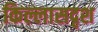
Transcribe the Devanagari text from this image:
किल्लासदृश